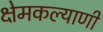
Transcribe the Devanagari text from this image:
क्षेमकल्याणी